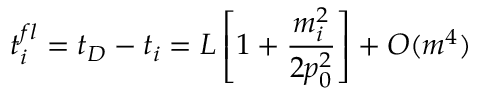
t _ { i } ^ { f l } = t _ { D } - t _ { i } = L \left[ 1 + \frac { m _ { i } ^ { 2 } } { 2 p _ { 0 } ^ { 2 } } \right] + O ( m ^ { 4 } )